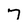
Character: 7